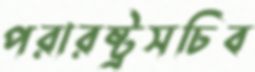
পরারষ্ট্রসচিব